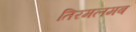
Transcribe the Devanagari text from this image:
तिरमलमब